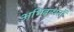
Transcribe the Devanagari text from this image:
अभिबन्धनों